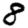
Digit: 8